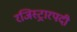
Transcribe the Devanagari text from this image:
रजिस्ट्रारपदी